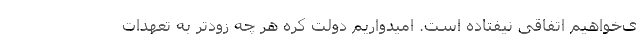
ی‌خواهیم اتفاقی نیفتاده است. امیدواریم دولت کره هر چه زودتر به تعهدات